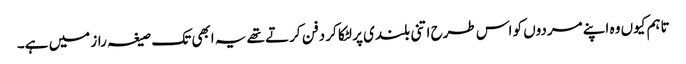
تاہم کیوں وہ اپنے مردوں کو اس طرح اتنی بلندی پر لٹکا کر دفن کرتے تھے یہ ابھی تک صیغہ راز میں ہے۔